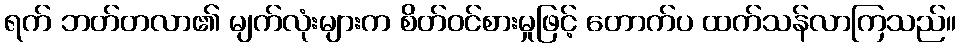
ရက် ဘတ်တလာ၏ မျက်လုံးများက စိတ်ဝင်စားမှုဖြင့် တောက်ပ ထက်သန်လာကြသည်။